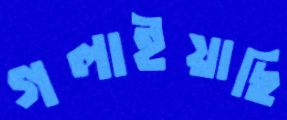
গলাইয়াছি